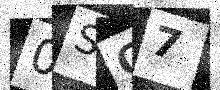
Text: 0SO7